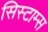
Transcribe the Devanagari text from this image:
सिस्टाम्स